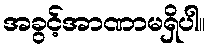
အခွင့်အာဏာမရှိပါ။